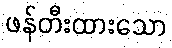
ဖန်တီးထားသော